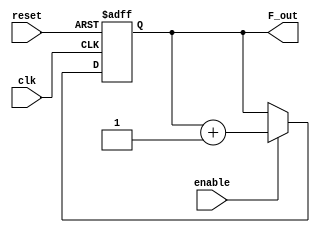
module Conta_15B(
output [14:0] F_out,  // Output of the counter
input enable  ,  // enable for counter
input clk,  // clock Input
input reset      // reset Input
);
reg [14:0] F_out;


always @(posedge clk or posedge reset)
if (reset) begin
  F_out <= 15'b0 ;
end else if (enable) begin
  F_out <= F_out + 1;
end



endmodule